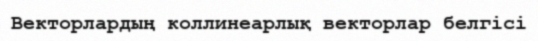
Векторлардың коллинеарлық векторлар белгісі